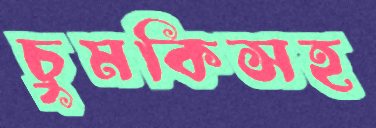
চুমকিসহ